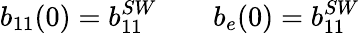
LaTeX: b_{11}(0)=b_{11}^{SW}\qquad b_{e}(0)=b_{11}^{SW}